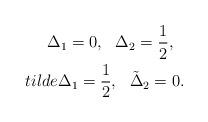
LaTeX: \begin{align*}\Delta_1 = 0, \ \ \Delta_2 = \frac{1}{2},\ \ \\tilde \Delta_1 = \frac{1}{2}, \ \ \tilde \Delta_2 = 0.\end{align*}